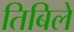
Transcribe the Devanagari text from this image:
तिबिले